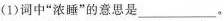
(1)词中”浓睡”的意思是___。